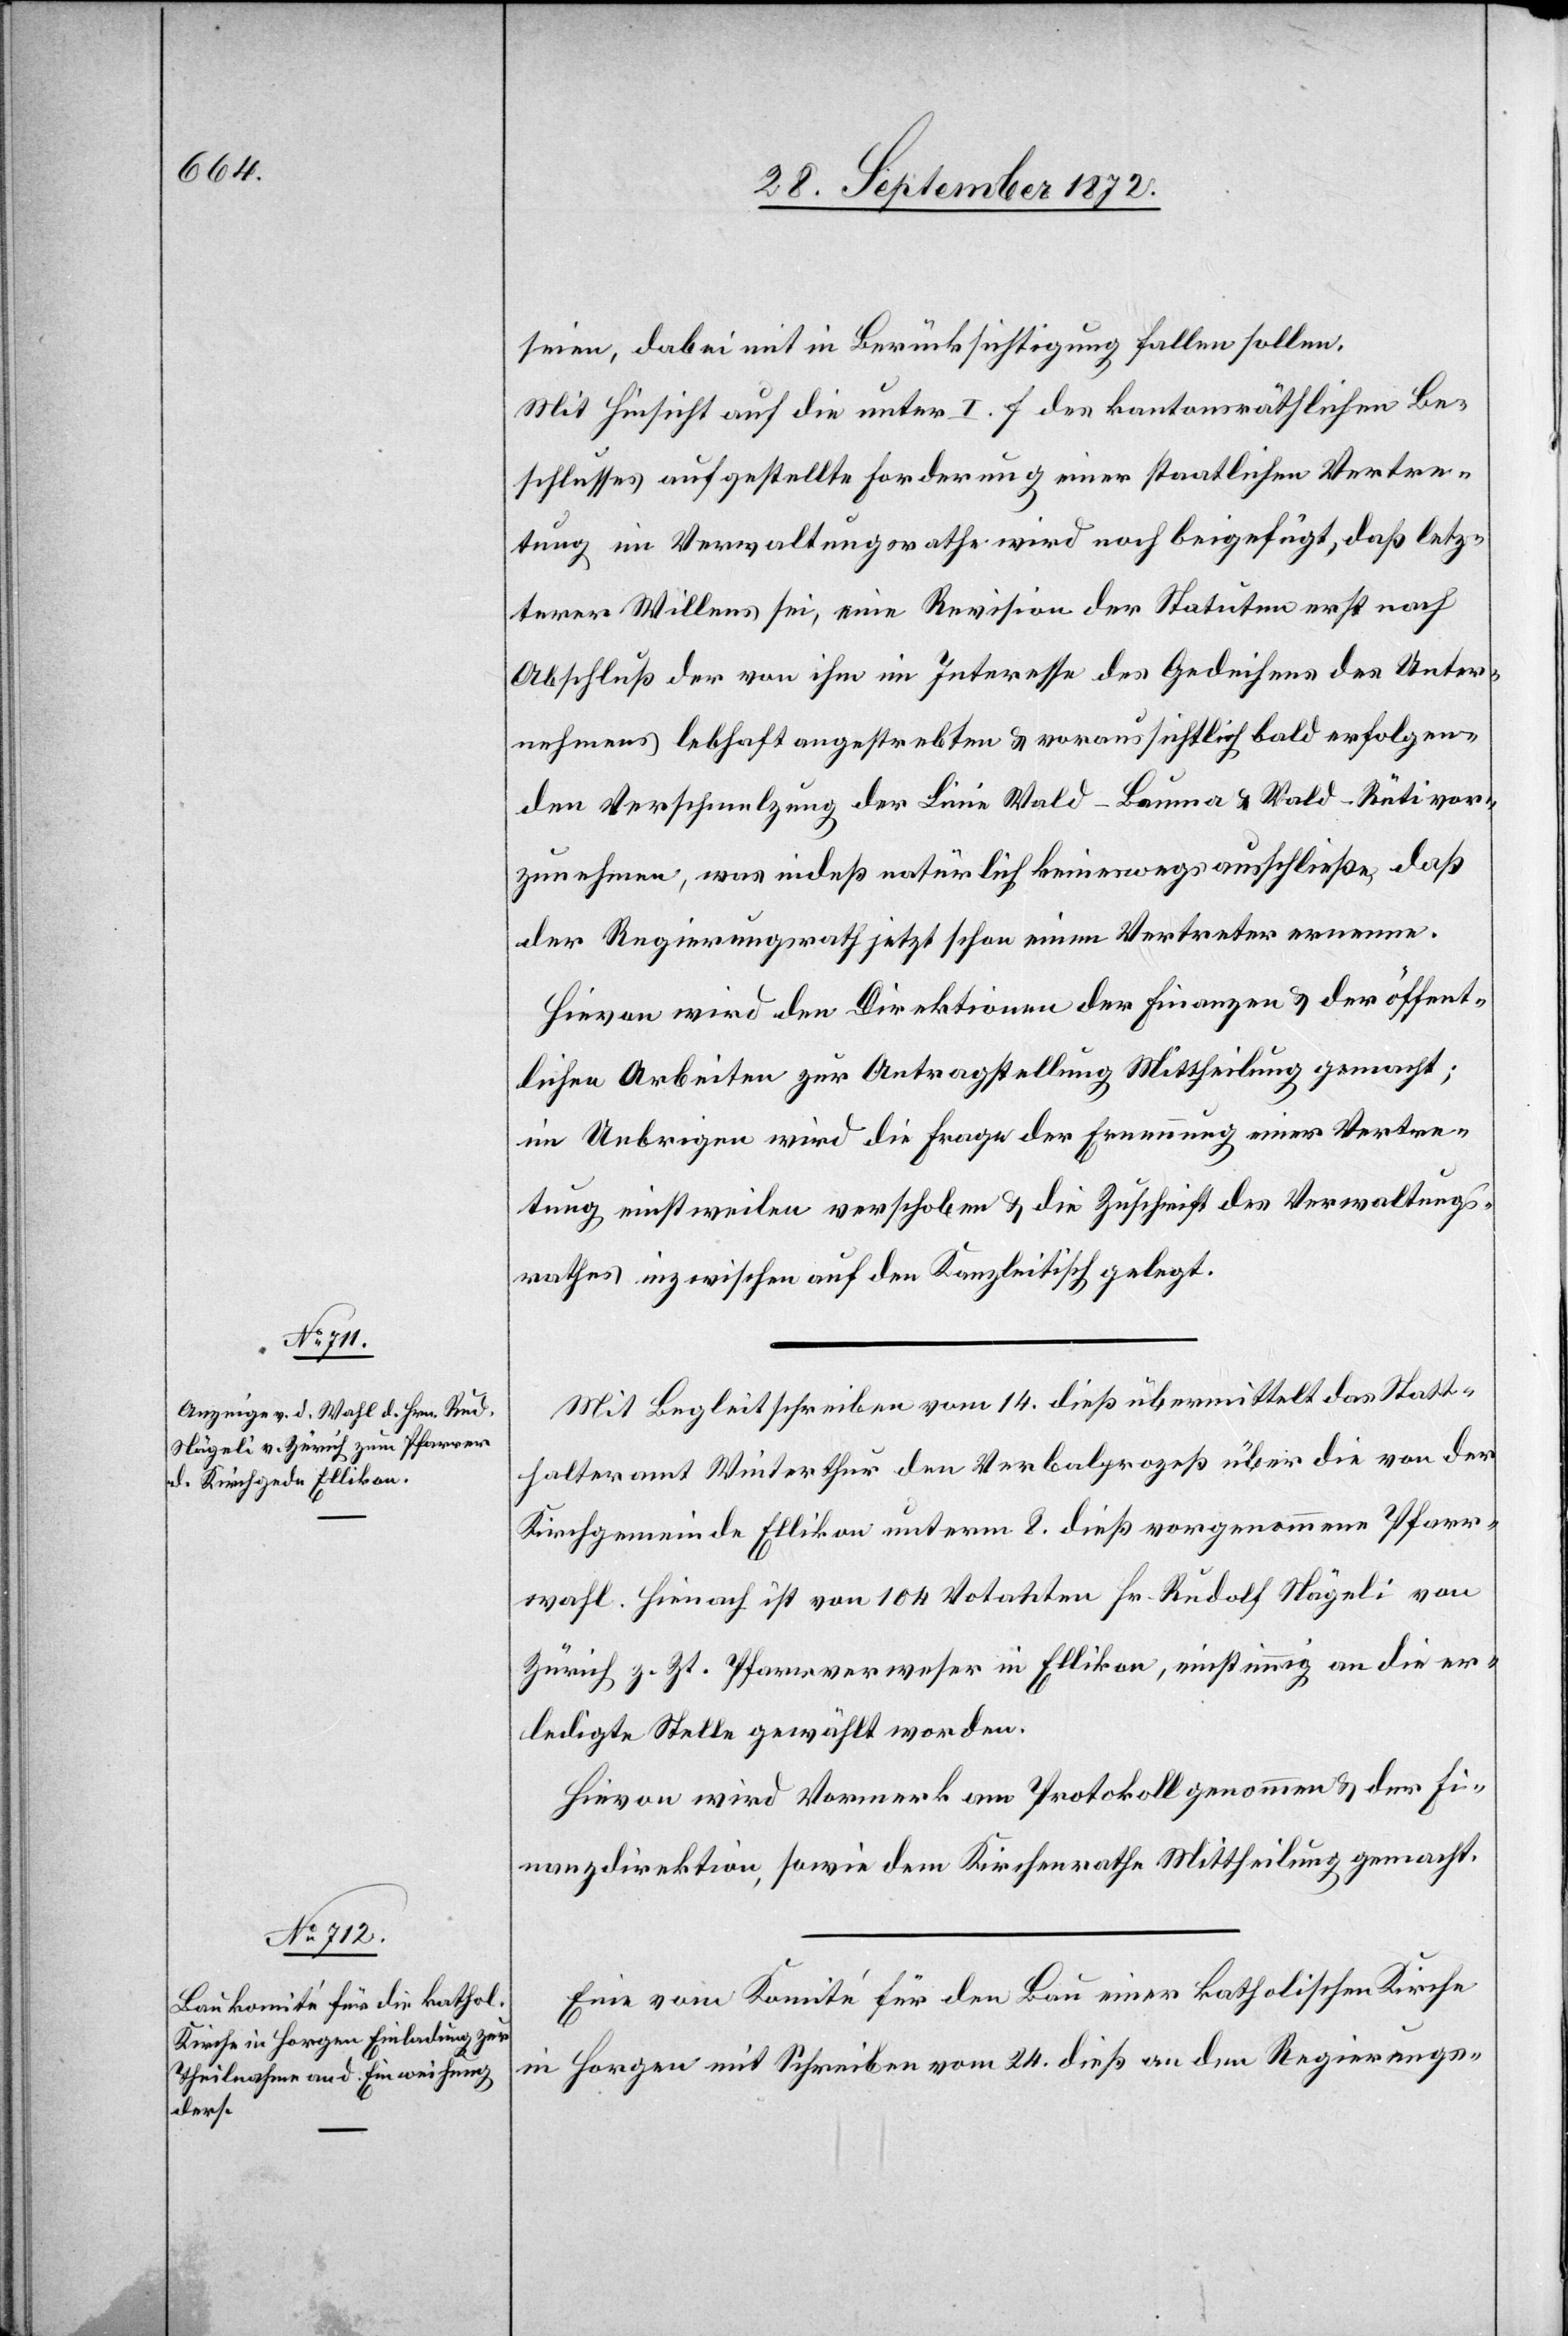
seien, dabei mit in Berücksichtigung fallen sollen.
Mit Hinsicht auf die unter I. f des kantonsräthlichen Be¬
schlusses aufgestellte Forderung einer staatlichen Vertre¬
tung im Verwaltungsrathe wird noch beigefügt, daß letz¬
terer Willens sei, eine Revision der Statuten erst nach
Abschluß der von ihm im Interesse des Gedeihens des Unter¬
nehmens lebhaft angestrebten u. voraussichtlich bald erfolgen¬
den Verschmelzung der Linie Wald–Bauma u. Wald–Rüti vor¬
zunehmen, was indeß natürlich keineswegs ausschließe, daß
der Regierungsrath jetzt schon einen Vertreter ernenne.
Hievon wird den Direktion der Finanzen u. der öffent¬
lichen Arbeiten zur Antragstellung Mittheilung gemacht;
im Uebrigen wird die Frage der Ernennung einer Vertre¬
tung einstweilen verschoben u. die Zuschrift des Verwaltungs¬
rathes inzwischen auf den Kanzleitisch gelegt.
Mit Begleitschreiben vom 14. dieß übermittelt das Statt¬
halteramt Winterthur den Verbalprozeß über die von der
Kirchgemeinde Ellikon unterm 8. dieß vorgenommene Pfarr¬
wahl. Hienach ist von 104 Votanten Hr. Rudolf Nägeli von
Zürich z. Zt. Pfarrverweser in Ellikon, einstimmig an die er¬
ledigte Stelle gewählt worden.
Hievon wird Vormerk am Protokoll genommen u. der Fi¬
nanzdirektion, sowie dem Kirchenrathe Mittheilung gemacht.
Eine vom Komité für den Bau einer katholischen Kirche
in Horgen mit Schreiben vom 24. dieß an den Regierungs-